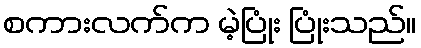
စကားလက်က မဲ့ပြုံး ပြုံးသည်။